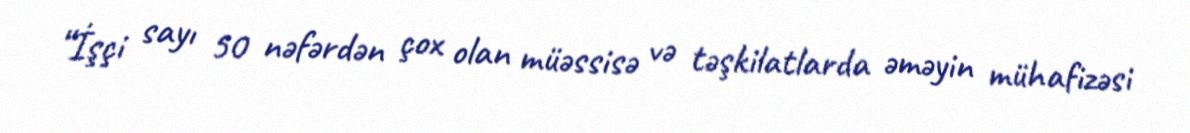
“İşçi sayı 50 nəfərdən çox olan müəssisə və təşkilatlarda əməyin mühafizəsi